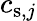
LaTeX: c_{\mathrm{s},j}